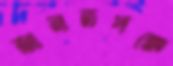
জানতপক্ষে